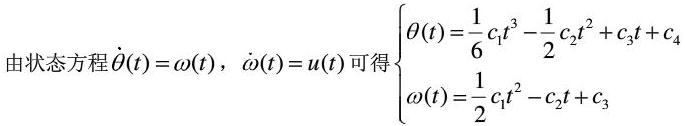
由状态方程$\dot{\theta}(t)=\omega(t)$，$\dot{\omega}(t)=u(t)$可得$\begin{cases}
\theta(t)=\frac{1}{6}c_1t^3 - \frac{1}{2}c_2t^2 + c_3t + c_4\\
\omega(t)=\frac{1}{2}c_1t^2 - c_2t + c_3
\end{cases}$